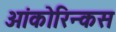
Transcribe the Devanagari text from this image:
ओंकोरिन्कस